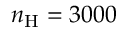
n _ { \mathrm { H } } = 3 0 0 0